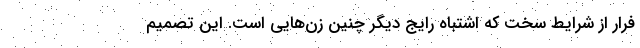
فرار از شرایط سخت که اشتباه رایج دیگر چنین زن‌هایی است. این تصمیم